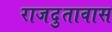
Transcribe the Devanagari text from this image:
राजदुतावास